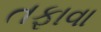
તફાવા